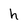
Character: h